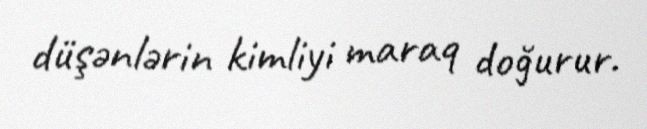
düşənlərin kimliyi maraq doğurur.